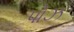
પોઝ